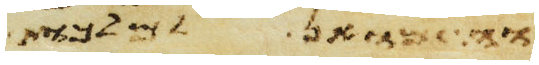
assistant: וראה את מכות